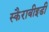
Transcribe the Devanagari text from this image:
स्कैराबीइडी